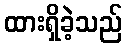
ထားရှိခဲ့သည်